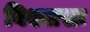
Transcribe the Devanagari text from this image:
विश्वासः